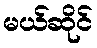
မယ်ဆိုင်